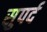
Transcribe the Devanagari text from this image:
सुपर्द